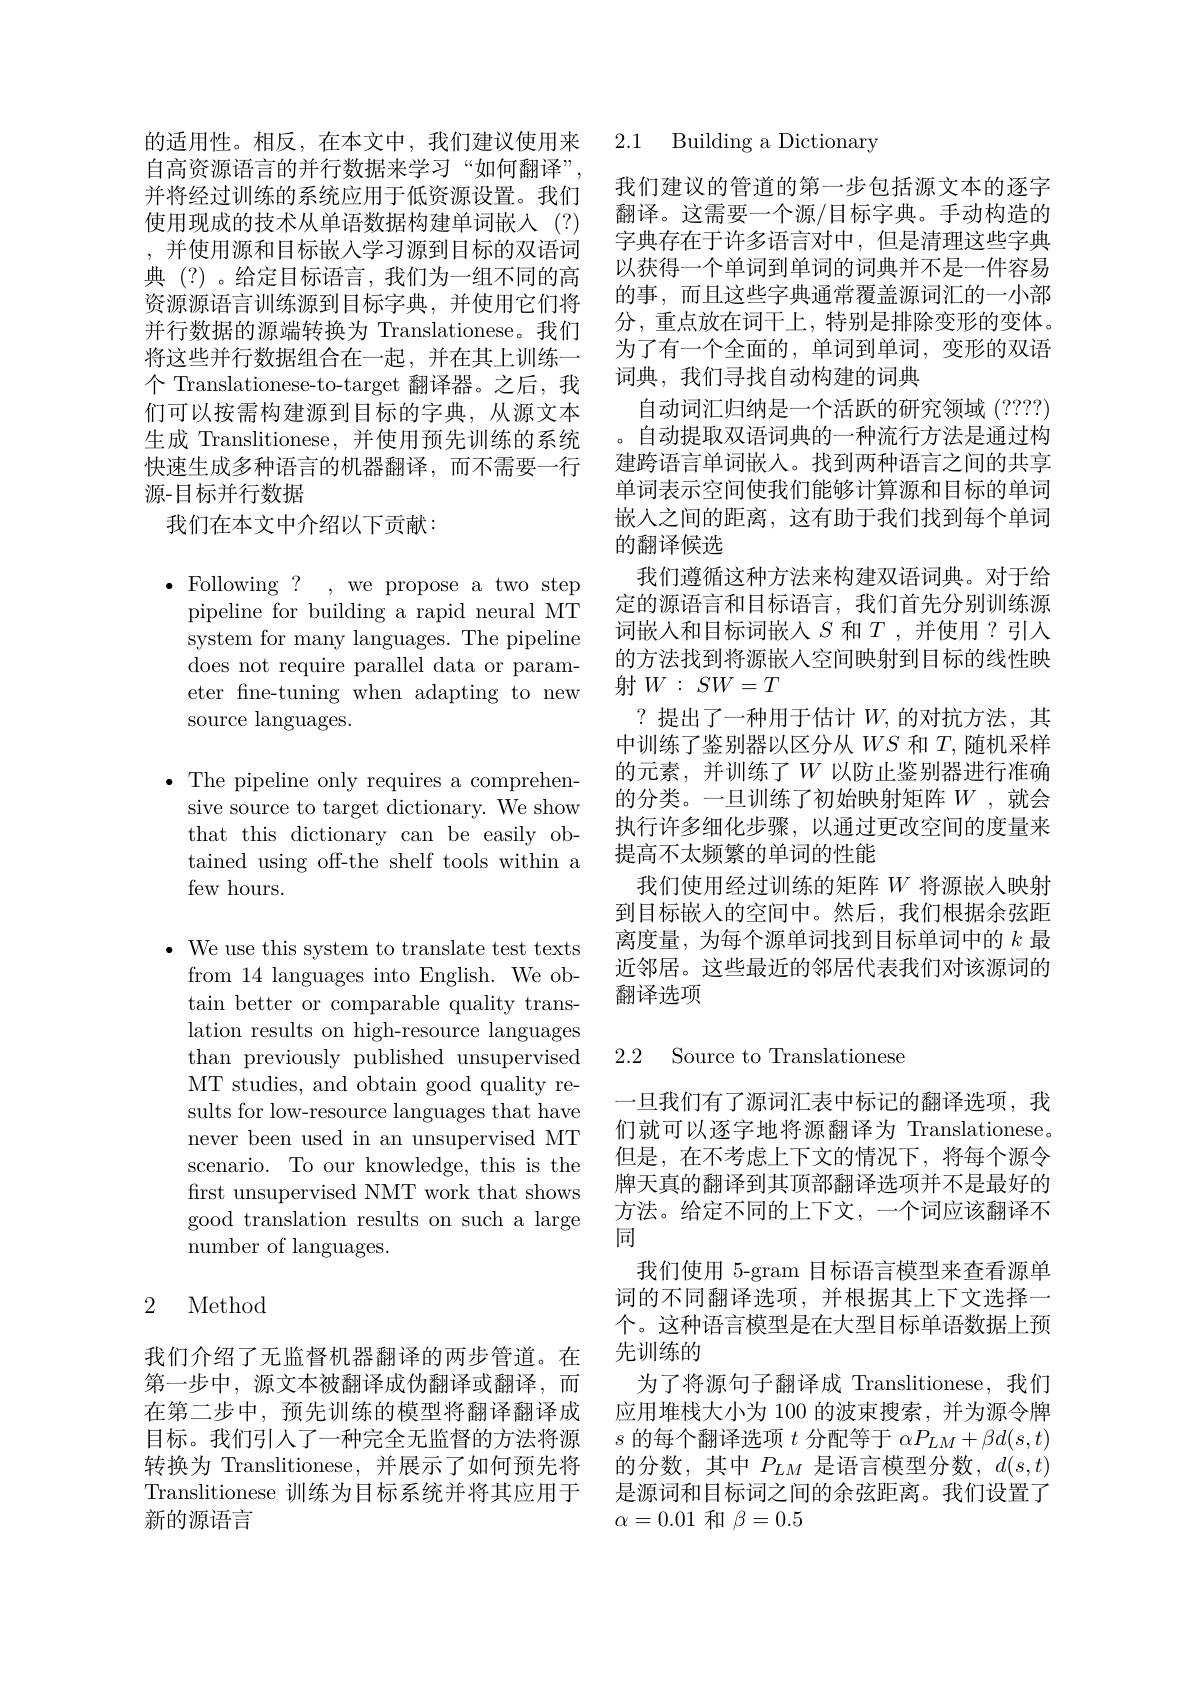
自高资源语言的并行数据来学习“如何翻译”, 并将经过训练的系统应用于低资源设置。我们使用现成的技术从单语数据构建单词嵌入 (?) ,并使用源和目标嵌入学习源到目标的双语词典 (?)。给定目标语言，我们为一组不同的高资源源语言训练源到目标字典，并使用它们将并行数据的源端转换为 Translationese。我们将这些并行数据组合在一起，并在其上训练一个 Translationese-to-target 翻译器。之后，我们可以按需构建源到目标的字典，从源文本生成 Translitionese, 并使用预先训练的系统快速生成多种语言的机器翻译，而不需要一行源-目标并行数据
我们在本文中介绍以下贡献：

$\bullet$ Following? , we propose a two step
pipeline for building a rapid neural MT system for many languages. The pipeline does not require parallel data or parameter fne-tuning when adapting to new source languages.

$\bullet$ The pipeline only requires a comprehen-
sive source to target dictionary. We show that this dictionary can be easily obtained using off-the shelf tools within a few hours.

$\bullet$ We use this system to translate test texts
from 14 languages into English. We obtain better or comparable quality translation results on high-resource languages than previously published unsupervised MT studies, and obtain good quality results for low-resource languages that have never been used in an unsupervised MT scenario. To our knowledge, this is the first unsupervised NMT work that shows good translation results on such a large number of languages.

## 2 Method

我们介绍了无监督机器翻译的两步管道。在第一步中，源文本被翻译成伪翻译或翻译，而Translitionese 训练为目标系统并将其应用于新的源语言

的适用性。相反，在本文中，我们建议使用来 2.1 Building a Dictionary

我们建议的管道的第一步包括源文本的逐字翻译。这需要一个源/目标字典。手动构造的字典存在于许多语言对中，但是清理这些字典以获得一个单词到单词的词典并不是一件容易的事，而且这些字典通常覆盖源词汇的一小部分，重点放在词干上，特别是排除变形的变体。为了有一个全面的，单词到单词，变形的双语词典，我们寻找自动构建的词典
自动词汇归纳是一个活跃的研究领域(????) 。自动提取双语词典的一种流行方法是通过构建跨语言单词嵌人。找到两种语言之间的共享单词表示空间使我们能够计算源和目标的单词嵌入之间的距离，这有助于我们找到每个单词的翻译候选
我们遵循这种方法来构建双语词典。对于给定的源语言和目标语言，我们首先分别训练源词嵌入和目标词嵌入$S$ 和$T$,并使用？引入的方法找到将源嵌入空间映射到目标的线性映射$W:SW=T$
?提出了一种用于估计$W$,的对抗方法，其中训练了鉴别器以区分从$WS$和$T$,随机采样的元素，并训练了$W$以防止鉴别器进行准确的分类。一旦训练了初始映射矩阵$W$ ,就会执行许多细化步骤，以通过更改空间的度量来提高不太频繁的单词的性能
我们使用经过训练的矩阵$W$将源嵌入映射到目标嵌入的空间中。然后，我们根据余弦距离度量，为每个源单词找到目标单词中的$k$最近邻居。这些最近的邻居代表我们对该源词的翻译选项

2.2 Source to Translationese

一旦我们有了源词汇表中标记的翻译选项，我们就可以逐字地将源翻译为 Translationese。但是，在不考虑上下文的情况下，将每个源令牌天真的翻译到其顶部翻译选项并不是最好的方法。给定不同的上下文，一个词应该翻译不同
我们使用 5-gram 目标语言模型来查看源单词的不同翻译选项，并根据其上下文选择一个。这种语言模型是在大型目标单语数据上预先训练的
为了将源句子翻译成 Translitionese,我们
在第二步中，预先训练的模型将翻译翻译成 应用堆栈大小为 100 的波束搜索，并为源令牌目标。我们引人了一种完全无监督的方法将源$s$的每个翻译选项$t$分配等于$\alpha P_LM+\beta d(s,t)$ 转换为 Translitionese, 并展示了如何预先将 的分数，其中$P_{LM}$是语言模型分数，$d(s,t)$
是源词和目标词之间的余弦距离。我们设置了
$\alpha=0.01$和$\beta=0.5$